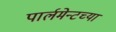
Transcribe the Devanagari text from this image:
पार्लमेन्टच्या